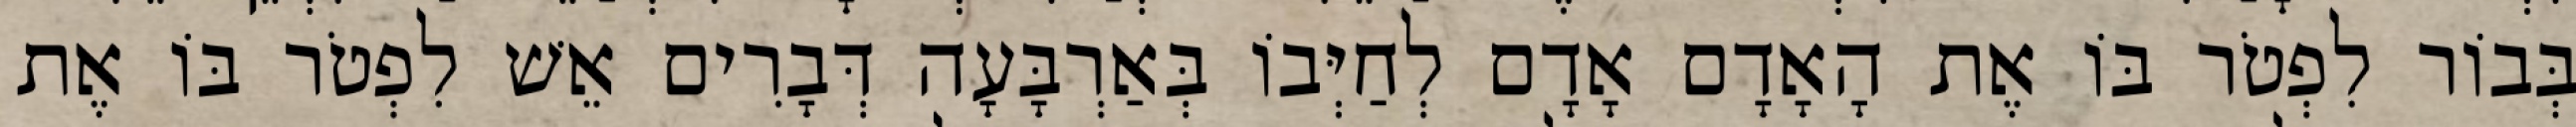
בְּבוֹר לִפְטֹר בּוֹ אֶת הָאָדָם אָדָם לְחַיְּבוֹ בְּאַרְבָּעָה דְּבָרִים אֵשׁ לִפְטֹר בּוֹ אֶת